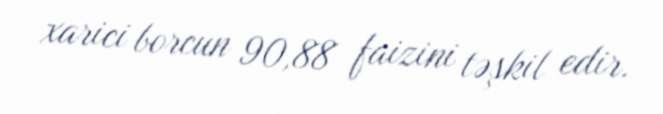
xarici borcun 90,88 faizini təşkil edir.